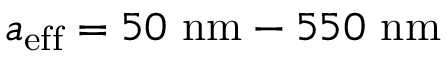
{ a _ { \mathrm { e f f } } = 5 0 \ \mathrm { n m } - 5 5 0 \ \mathrm { n m } }